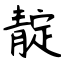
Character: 靛